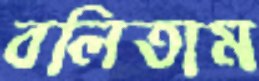
বলিতাম